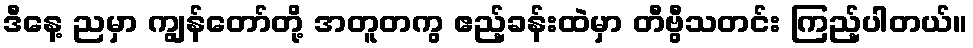
ဒီနေ့ ညမှာ ကျွန်တော်တို့ အတူတကွ ဧည့်ခန်းထဲမှာ တီဗွီသတင်း ကြည့်ပါတယ်။